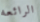
الرائعه